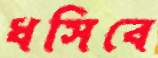
ধসিবে